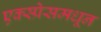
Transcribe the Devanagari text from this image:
एक्स्प्रेसमधून